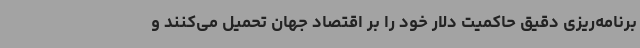
برنامه‌ریزی دقیق حاکمیت دلار خود را بر اقتصاد جهان تحمیل می‌کنند و